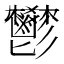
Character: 鬰